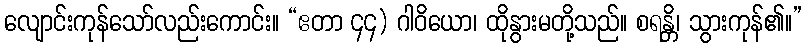
လျောင်းကုန်သော်လည်းကောင်း။ “ဧတာ ၄၄) ဂါဝိယော၊ ထိုနွားမတို့သည်။ စရန္တိ၊ သွားကုန်၏။”